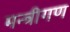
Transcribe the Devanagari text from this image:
मन्त्रीगण